Maa-_ja_perenaiste_seltsid, lk 15
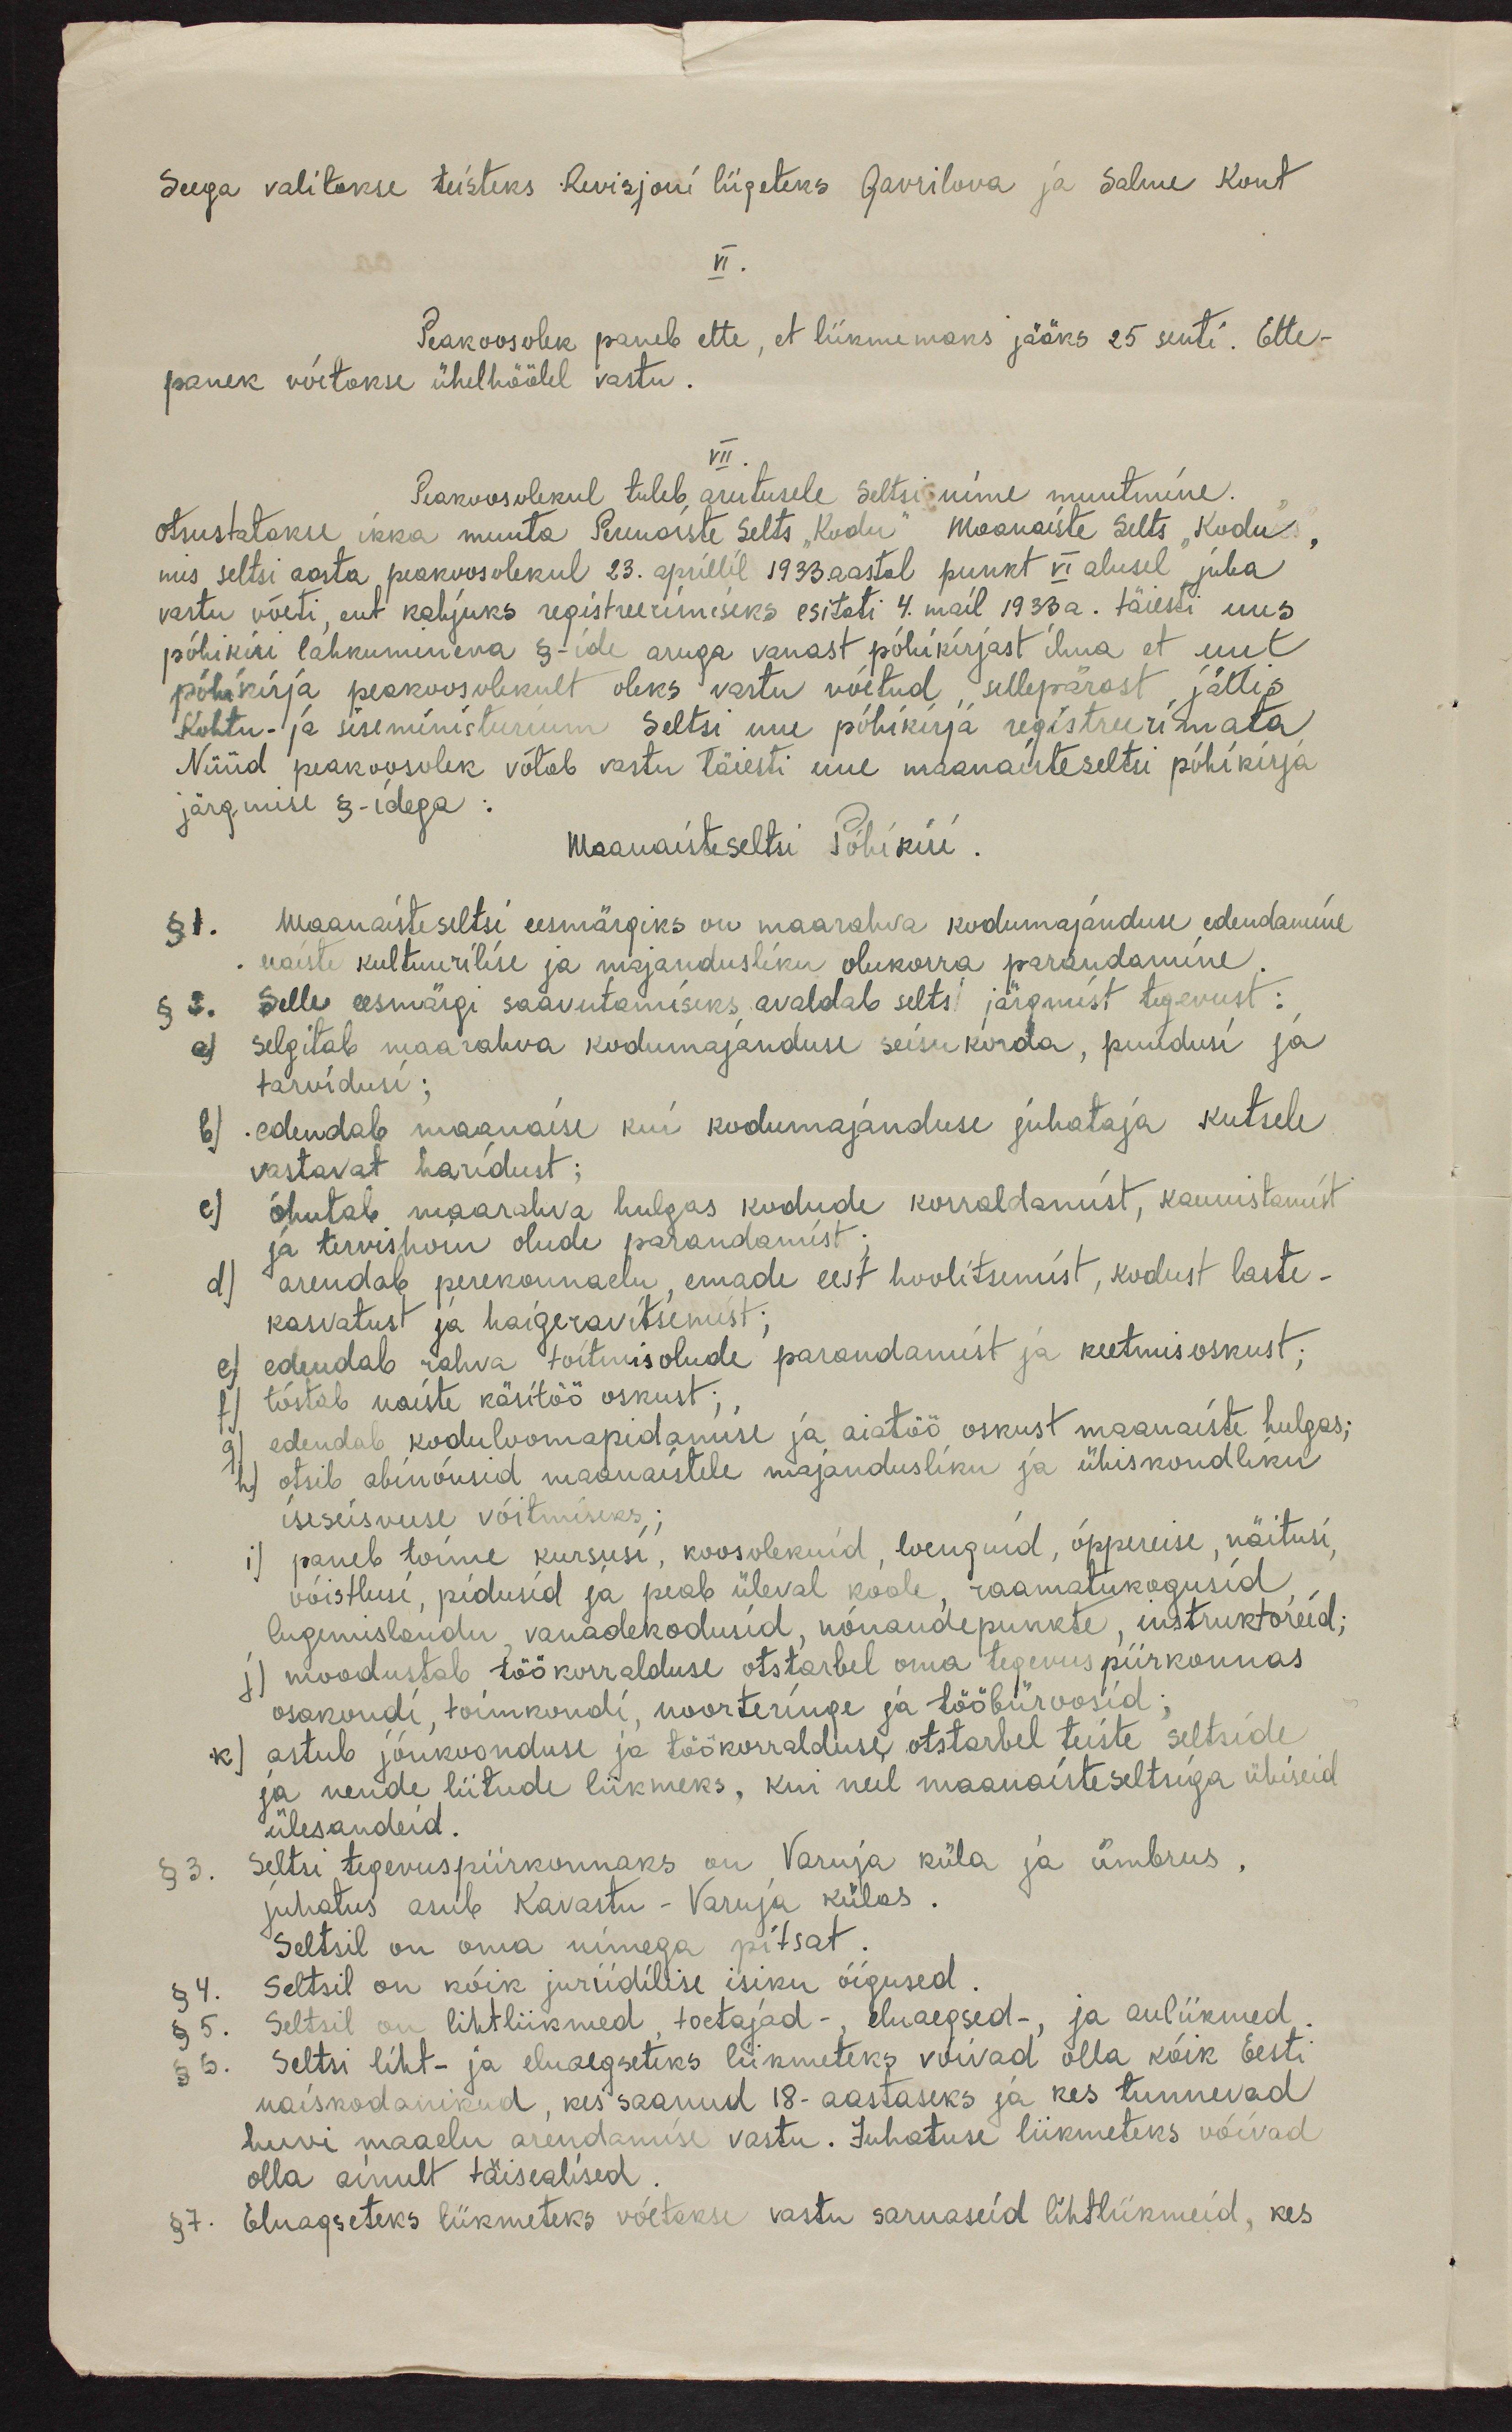
Seega valitakse teisteks Revisjoni liigeteks Gavrilova ja Salme Kont
VI.
Peakoosolek paneb ette, et liikmemaks jääks 25 senti. Ette-
panek võetakse ühelhäälel vastu.
VII.
Peakoosolekul tuleb arutusele seltsis nime muutmine.
otsustatakse ikka muuta Perenaiste Selts "Kodu" Maanaiste Selts "Kodu",
mis seltsi aasta peakoosolekul 23. aprillil 1933. aastal punkt VI alusel juba
vastu võeti, ent kahjuks registreerimiseks esitati 4. mail 1933 a. täiesti uus
põhikiri lahkumineva  §-ide aruga vanast põhikirjast ilma et uut
põhikirja peakoosolekult oleks vastu võetud, sellepärast jättis
Kohtu- ja siseministeerium Seltsi uue põhikirja registreerimata
Nüüd peakoosolek võtab vastu täiesti uue maanaisteselti põhikirja
järgmise §-idega:
Maanaisteseltsi Põhikiri
§ 1. Maanaisteseltsi eesmärgiks on maarahva kodumajanduse edendamine
naiste kultuurilise ja majandusliku olukorra parandamine.
§ 2. Selle eesmärgi saavutamiseks avaldab selts järgmist tegevust:
a) selgitab maarahva kodumajanduse seisukorda, puudusi ja
tarvidusi;
b) edendab maanaise kui kodumajanduse juhataja kutsele
vastavat haridust;
c) õhutab maarahva hulgas kodude korraldamist, kaunistamist
ja tervishoiu olude parandamist;
d) arendab perekonnaelu, emade eest hoolitsemist, kodust laste-
kasvatust ja haigeravitsemist;
e) edendab rahva toitmisolude parandamist ja keetmisoskust;
f) tõstab naiste käsitöö oskust;
g) edendab koduloomapidamise ja aiatöö oskust maanaiste hulgas;
h) otsib abinõusid maanaistele majandusliku ja ühiskondliku
iseseisvuse võitmiseks;
i) paneb toime kursusi, koosolekuid, loenguid, õppereise, näitusi,
võistlusi, pidusid ja peab üleval koole, raamatukogusid,
lugemislaudu, vanadekodusid, nõuandepunkte, instruktoreid;
j) moodustab töökorralduse otstarbel oma tegevus piirkonnas
osakondi, toimkondi, noorteringe ja tööbüroosid;
k) astub jõukoonduse ja töökorralduse otstarbel teiste seltside
ja nende liitude liikmeks, kui neil maanaisteseltsiga ühiseid
ülesandeid.
§ 3. Seltsi tegevuspiirkonnaks on Varnja küla ja ümbrus,
juhatus asub Kavastu-Varnja külas
Seltsil on oma nimega pitsat.
§ 4. Seltsil on kõik juriidilise isiku õigused. Seltsil on kõik juriidilise isiku õigused.
§ 5. Seltsil on lihtliikmed, toetajad-, eluaegsed-, ja auliikmed.
§ 6. Seltsi liht- ja eluaegseteks liikmeteks võivad olla kõik Eesti
naiskodanikud, kes saanud 18-aastaseks ja kes tunnevad
huvi maaelu arendamise vastu. Juhatuse liikmeteks võivad
olla ainult täisealised.
§ 7. Eluagseteks liikmeteks võetakse vastu sarnaseid lihtliikmeid, kes